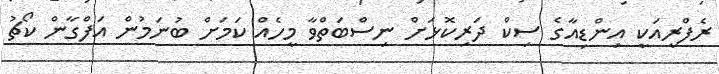
ރެފްރީއަކީ އިންޑިއާގެ ސިކް ދަރިކޮޅަށް ނިސްބަތްވާ މީހެއް ކަމަށް ބުނަމުން އަފްގާން ކޯޗު